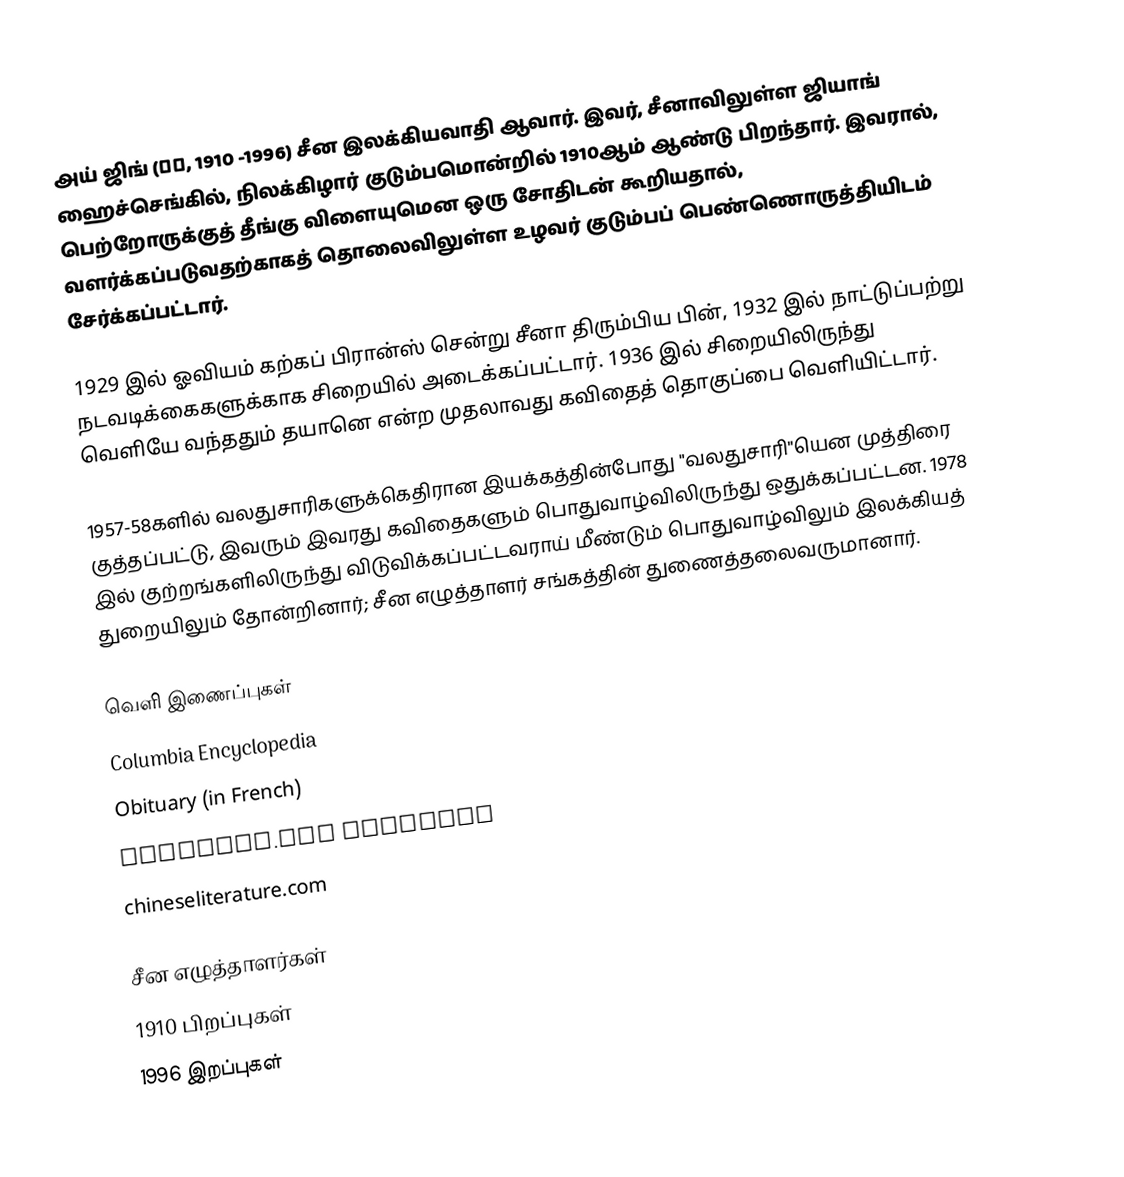
அய் ஜிங் (艾青, 1910 -1996) சீன இலக்கியவாதி ஆவார். இவர், சீனாவிலுள்ள ஜியாங் ஹைச்செங்கில், நிலக்கிழார் குடும்பமொன்றில் 1910ஆம் ஆண்டு பிறந்தார். இவரால், பெற்றோருக்குத் தீங்கு விளையுமென ஒரு சோதிடன் கூறியதால், வளர்க்கப்படுவதற்காகத் தொலைவிலுள்ள உழவர் குடும்பப் பெண்ணொருத்தியிடம் சேர்க்கப்பட்டார்.

1929 இல் ஓவியம் கற்கப் பிரான்ஸ் சென்று சீனா திரும்பிய பின், 1932 இல் நாட்டுப்பற்று நடவடிக்கைகளுக்காக சிறையில் அடைக்கப்பட்டார். 1936 இல் சிறையிலிருந்து வெளியே வந்ததும் தயானெ என்ற முதலாவது கவிதைத் தொகுப்பை வெளியிட்டார்.

1957-58களில் வலதுசாரிகளுக்கெதிரான இயக்கத்தின்போது "வலதுசாரி"யென முத்திரை குத்தப்பட்டு, இவரும் இவரது கவிதைகளும் பொதுவாழ்விலிருந்து ஒதுக்கப்பட்டன. 1978 இல் குற்றங்களிலிருந்து விடுவிக்கப்பட்டவராய் மீண்டும் பொதுவாழ்விலும் இலக்கியத் துறையிலும் தோன்றினார்; சீன எழுத்தாளர் சங்கத்தின் துணைத்தலைவருமானார்.

வெளி இணைப்புகள்
 Columbia Encyclopedia
 Obituary (in French)
 asiaweek.com Obituary
 chineseliterature.com

சீன எழுத்தாளர்கள்
1910 பிறப்புகள்
1996 இறப்புகள்